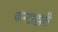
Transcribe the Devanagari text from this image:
कन्टाझरी